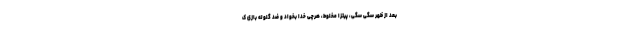
بعد از ظهر سگی سگی، پیتزا مخلوط، هرچی خدا بخواد و ضد گلوله بازی ک